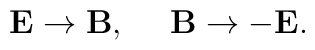
\mathbf{E}\rightarrow\mathbf{B},~~~~\mathbf{B}\rightarrow -\mathbf{E}.